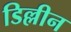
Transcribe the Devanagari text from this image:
डिल्लीन